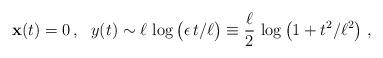
LaTeX: \begin{align*}{\bf x}(t)=0\,,~~ y(t)\sim\ell\,\log\big(\epsilon\,t/\ell\big)\equiv \frac{\ell}{2}\,\log\left(1+t^2/\ell^2\right)\,,\end{align*}